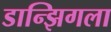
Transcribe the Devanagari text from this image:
डान्झिगला